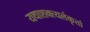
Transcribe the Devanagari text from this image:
यथाशक्त्यलंकृतां